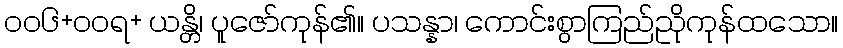
၀၀၆+ဝဝရ+ ယန္တိ၊ ပူဇော်ကုန်၏။ ပသန္နာ၊ ကောင်းစွာကြည်ညိုကုန်ထသော။